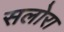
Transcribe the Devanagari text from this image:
सलोरा